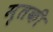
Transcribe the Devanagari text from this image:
मृतकी